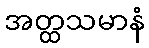
အတ္ထသမာနံ